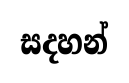
සදහන්